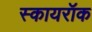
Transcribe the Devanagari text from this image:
स्कायरॉक